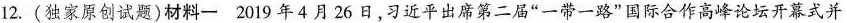
12.(独家原创试题)材料一2019年4月26日，习近平出席第二届”一带一路”国际合作高峰论坛开幕式并